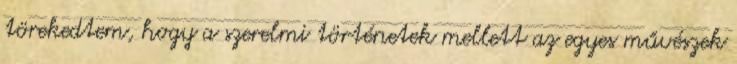
törekedtem, hogy a szerelmi történetek mellett az egyes művészek